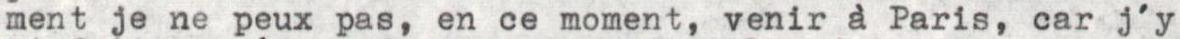
ment je ne peux pas, en ce moment, venir à Paris, car j'y